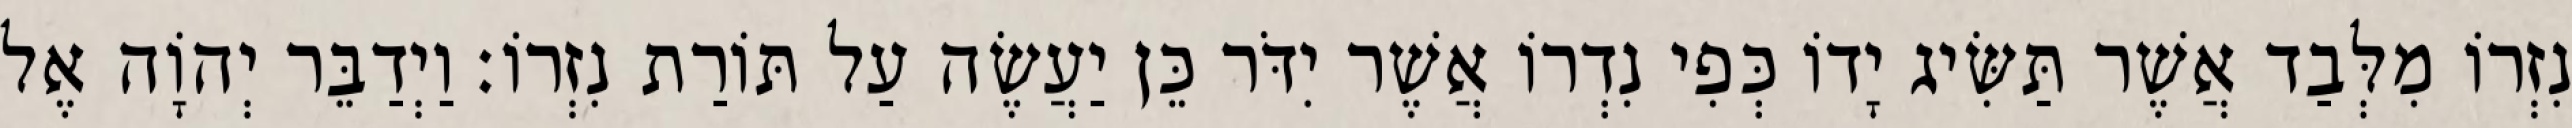
נִזְרוֹ מִלְּבַד אֲשֶׁר תַּשִּׂיג יָדוֹ כְּפִי נִדְרוֹ אֲשֶׁר יִדֹּר כֵּן יַעֲשֶׂה עַל תּוֹרַת נִזְרוֹ׃ וַיְדַבֵּר יְהוָֹה אֶל